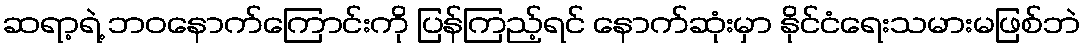
ဆရာ့ရဲ့ ဘဝနောက်ကြောင်းကို ပြန်ကြည့်ရင် နောက်ဆုံးမှာ နိုင်ငံရေးသမားမဖြစ်ဘဲ